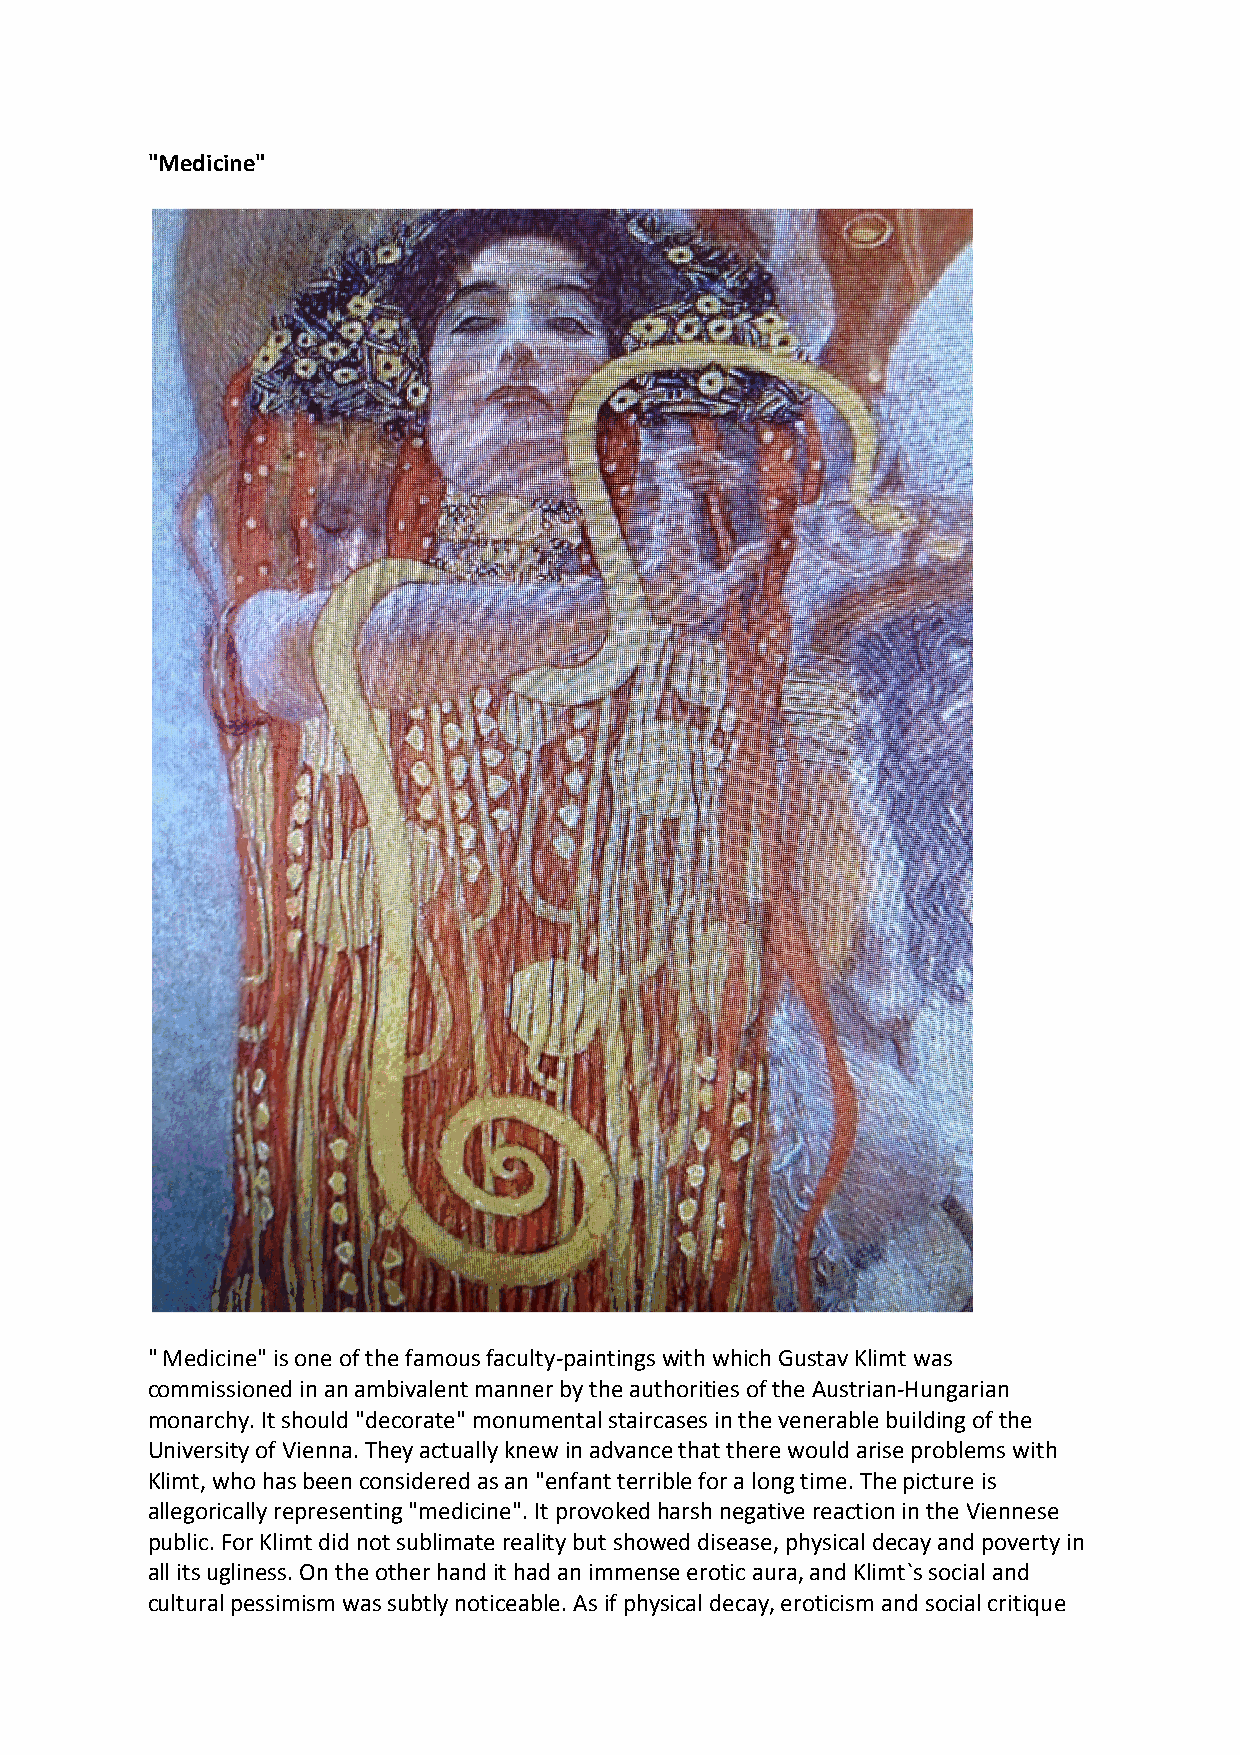
"Medicine"
 " Medicine" is one of the famous faculty-paintings with which Gustav Klimt was
 commissioned in an ambivalent manner by the authorities of the Austrian-Hungarian
 monarchy. It should "decorate" monumental staircases in the venerable building of the
 University of Vienna. They actually knew in advance that there would arise problems with
 Klimt, who has been considered as an "enfant terrible for a long time. The picture is
 allegorically representing "medicine". It provoked harsh negative reaction in the Viennese
 public. For Klimt did not sublimate reality but showed disease, physical decay and poverty in
 all its ugliness. On the other hand it had an immense erotic aura, and Klimt`s social and
 cultural pessimism was subtly noticeable. As if physical decay, eroticism and social critique